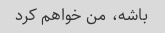
باشه، من خواهم کرد